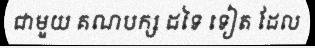
ជាមួយ គណបក្ស ដទៃ ទៀត ដែល